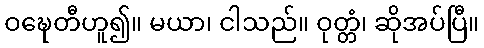
ဝဍ္ဎေတီဟူ၍။ မယာ၊ ငါသည်။ ဝုတ္တံ၊ ဆိုအပ်ပြီ။